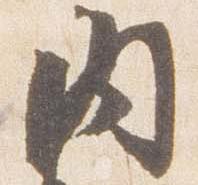
内